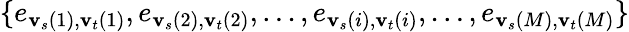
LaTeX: \{ e_{{\mathbf{v}_{s}}(1),{\mathbf{v}_{t}}(1)},e_{{\mathbf{v}_{s}}(2),{\mathbf{v}_{t}}(2)},\ldots,e_{{\mathbf{v}_{s}}(i),{\mathbf{v}_{t}}(i)},\ldots,e_{{\mathbf{v}_{s}}(M),{\mathbf{v}_{t}}(M)}\}